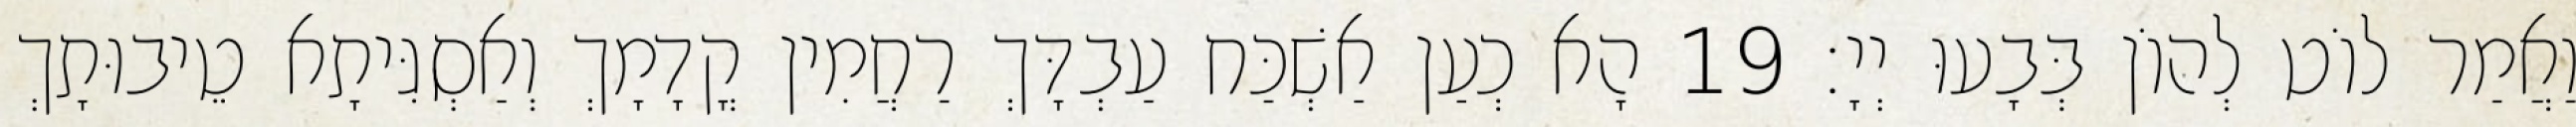
וַאֲמַר לוֹט לְהוֹן בְּבָעוּ יְיָ׃ 19 הָא כְעַן אַשְׁכַּח עַבְדָּךְ רַחֲמִין קֳדָמָךְ וְאַסְגִּיתָא טֵיבוּתָךְ